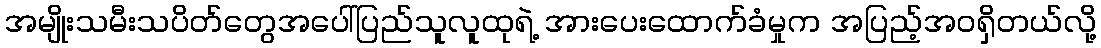
အမျိုးသမီးသပိတ်တွေအပေါ်ပြည်သူလူထုရဲ့ အားပေးထောက်ခံမှုက အပြည့်အဝရှိတယ်လို့